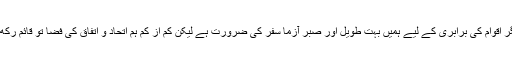
یہ سچ ہے کہ علمی و تکنیکی میدان میں دیگر اقوام کی برابری کے لیے ہمیں بہت طویل اور صبر آزما سفر کی ضرورت ہے لیکن کم از کم ہم اتحاد و اتفاق کی فضا تو قائم رکھ سکتے ہیں کہ یہ تو ہمارے اختیار میں ہے۔